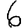
Digit: 6